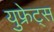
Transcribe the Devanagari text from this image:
युफ्रेट्स